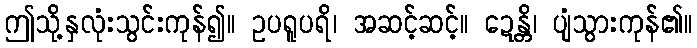
ဤသို့နှလုံးသွင်းကုန်၍။ ဥပရူပရိ၊ အဆင့်ဆင့်။ ဍေန္တိ၊ ပျံသွားကုန်၏။